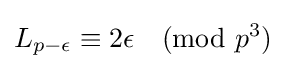
L_{p-\epsilon }\equiv 2\epsilon {\pmod {p^{3}}}